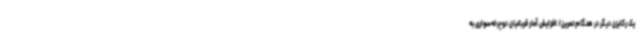
یک رکابزن دیگر در هنگام تمرین/ افزایش آمار قربانیان دوچرخه‌سواری به